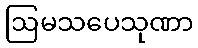
ဩမသပေသုဏာ